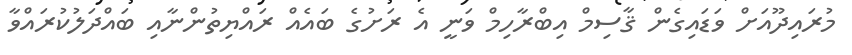
މުރައިދޫއަށް ވަޑައިގެން ޤާސިމް އިބްރާހިމް ވަނީ އެ ރަށުގެ ބައެއް ރައްޔިތުންނާއި ބައްދަލުކުރައްވާ